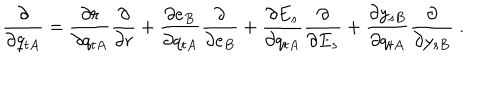
LaTeX: \frac { \partial } { \partial q _ { t A } } = \frac { \partial r } { \partial q _ { t A } } \frac { \partial } { \partial r } + \frac { \partial e _ { B } } { \partial q _ { t A } } \frac { \partial } { \partial e _ { B } } + \frac { \partial E _ { s } } { \partial q _ { t A } } \frac { \partial } { \partial E _ { s } } + \frac { \partial y _ { s B } } { \partial q _ { t A } } \frac { \partial } { \partial y _ { s B } } \; .